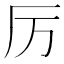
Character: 厉